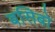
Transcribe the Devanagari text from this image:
बसिबो